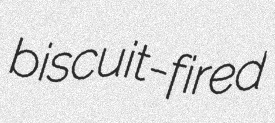
biscuit-fired